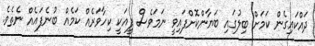
ދައްކައިގެން ކަމަށް ބިލުގައި ބަޔާންކޮށްފައިވީ ނަމަވެސް ފީއަކީ ކިހާވަރެއް ކަމެއް ބުނެފައެއް ނެތެވެ.